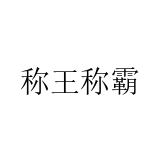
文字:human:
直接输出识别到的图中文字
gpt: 称王称霸